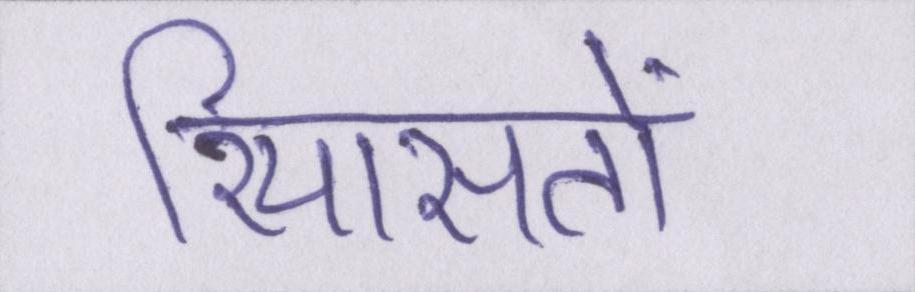
रियासतों